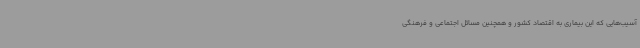
آسیب‌هایی که این بیماری به اقتصاد کشور و همچنین مسائل اجتماعی و فرهنگی